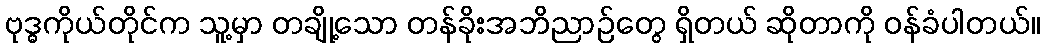
ဗုဒ္ဓကိုယ်တိုင်က သူ့မှာ တချို့သော တန်ခိုးအဘိညာဉ်တွေ ရှိတယ် ဆိုတာကို ဝန်ခံပါတယ်။